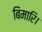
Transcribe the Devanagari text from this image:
बिमारि।